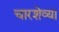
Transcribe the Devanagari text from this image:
चारशेव्या